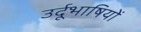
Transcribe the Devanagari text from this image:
उर्दूभाषियों